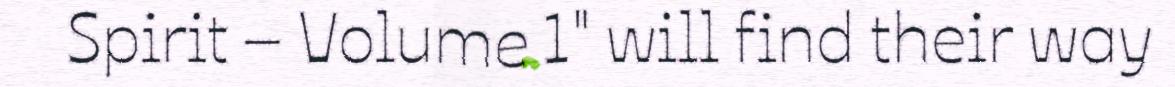
Spirit – Volume 1" will find their way